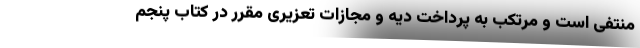
منتفی است و مرتکب به پرداخت دیه و مجازات تعزیری مقرر در کتاب پنجم